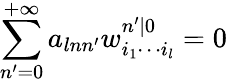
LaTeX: \sum_{n^{\prime}=0}^{+\infty}a_{lnn^{\prime}}w_{i_{1}\cdots i_{l}}^{n^{\prime}|0}=0